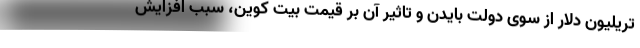
تریلیون دلار از سوی دولت بایدن و تاثیر آن بر قیمت بیت کوین، سبب افزایش